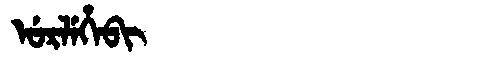
Manchu: ᡠᡵᠯᡝᡥᡝᠪᡳ
Romanization: URLEHEBI